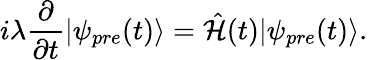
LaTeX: i\lambda\frac{\partial}{\partial t}|\psi_{pre}(t)\rangle=\hat{\mathcal{H}}(t)|\psi_{pre}(t)\rangle.